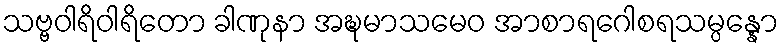
သဗ္ဗဝါရိဝါရိတော ခါဏုနာ အဍ္ဎမာသမေဝ အာစာရဂေါစရသမ္ပန္နော